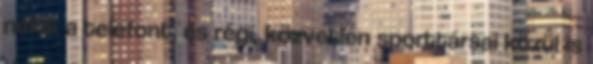
nekik a telefont, és régi, közvetlen sporttársai közül is